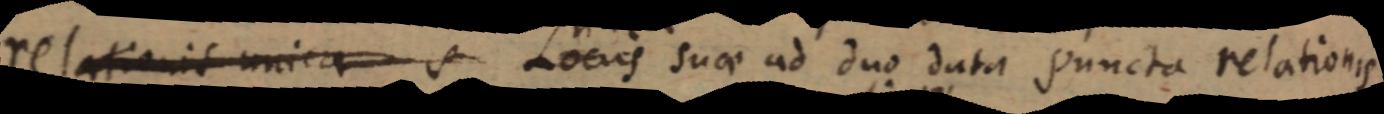
relationis unica se Locus suae ad duo data puncta relationis